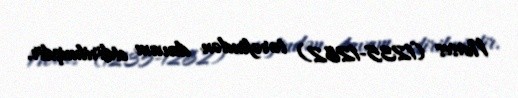
Nerses (1235-1262) tərəfindən davam etdirilmişdir.